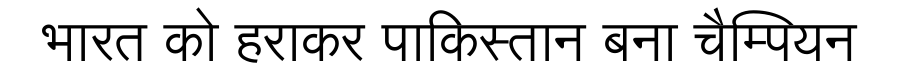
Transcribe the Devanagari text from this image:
भारत को हराकर पाकिस्तान बना चैम्पियन